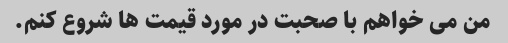
من می خواهم با صحبت در مورد قیمت ها شروع کنم.